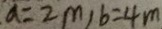
a = 2 m , b = 4 m